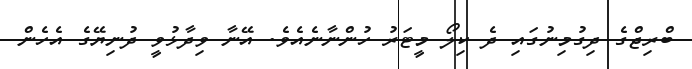
ބްރިޖްގެ ދިގުމިނުގައި ދެ ކިލޯ މީޓަރު ހުންނާނެއެވެ. އޭނާ ވިދާޅުވީ ދުނިޔޭގެ އެހެން